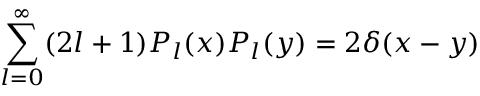
\sum _ { l = 0 } ^ { \infty } ( 2 l + 1 ) P _ { l } ( x ) P _ { l } ( y ) = 2 \delta ( x - y )